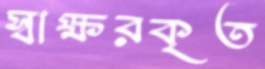
স্বাক্ষরকৃত